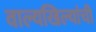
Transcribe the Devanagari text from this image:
वाल्यखिल्यांची